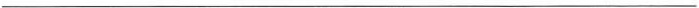
___